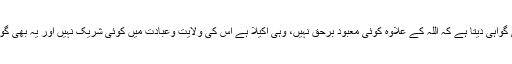
یہ وصیت ہے جو احمد بن حنبل نے کی ہے: وہ اس بات کی گواہی دیتا ہے کہ اللہ کے علاوہ کوئی معبود برحق نہیں، وہی اکیلا ہے اس کی ولایت وعبادت میں کوئی شریک نہیں اور یہ بھی گواہی دیتا ہے کہ محمد اس کے بندے اور اس کے رسول ہیں۔